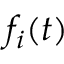
f _ { i } ( t )